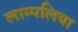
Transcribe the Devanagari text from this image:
लाम्पलिया